Indian journal of veterinary science and animal husbandry - Volume 1,
Year: 1931
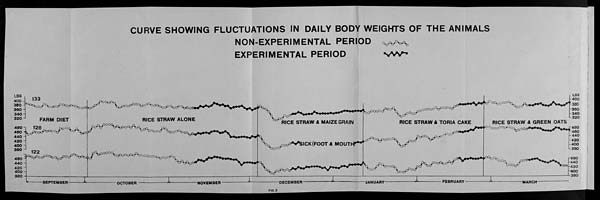
CURVE SHOWING FLUCTUATIONS IN DAILY BODY WEIGHTS OF THE ANIMALS
NON-EXPERIMENTAL PERIOD
EXPERIMENTAL PERIOD